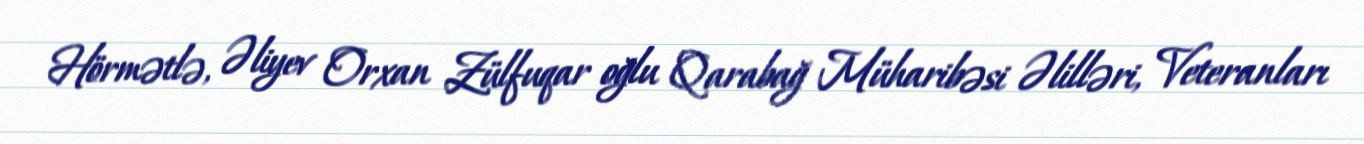
Hörmətlə, Əliyev Orxan Zülfuqar oğlu Qarabağ Müharibəsi Əlilləri, Veteranları